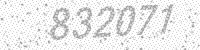
Solution: 832071